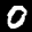
Label: 0